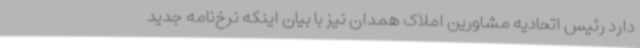
دارد رئیس اتحادیه مشاورین املاک همدان نیز با بیان اینکه نرخ‌نامه جدید